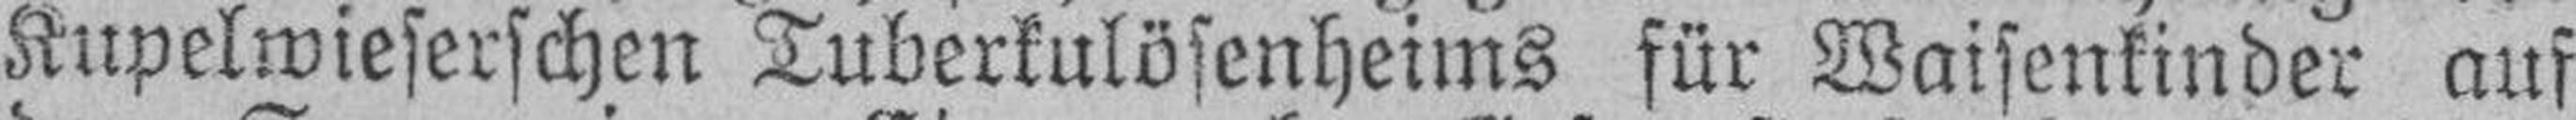
Kupelwieserschen Tuberkulösenheims für Waisenkinder auf